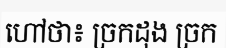
ហៅថា៖ ច្រកដុង ច្រក